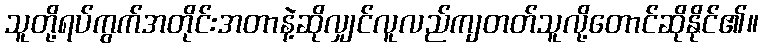
သူတို့ရပ်ကွက်အတိုင်းအတာနဲ့ဆိုလျှင်လူလည်ကျတတ်သူလို့တောင်ဆိုနိုင်၏။